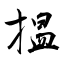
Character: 揾